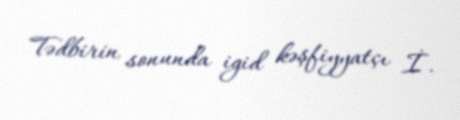
Tədbirin sonunda igid kəşfiyyatçı İ.